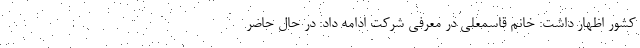
کشور اظهار داشت: خانم قاسمعلی در معرفی شرکت ادامه داد: در حال حاضر